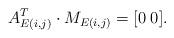
LaTeX: \begin{align*}A_{E(i,j)}^T \cdot M_{E(i,j)} = [0 \; 0 ]. \end{align*}